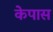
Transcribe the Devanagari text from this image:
केपास